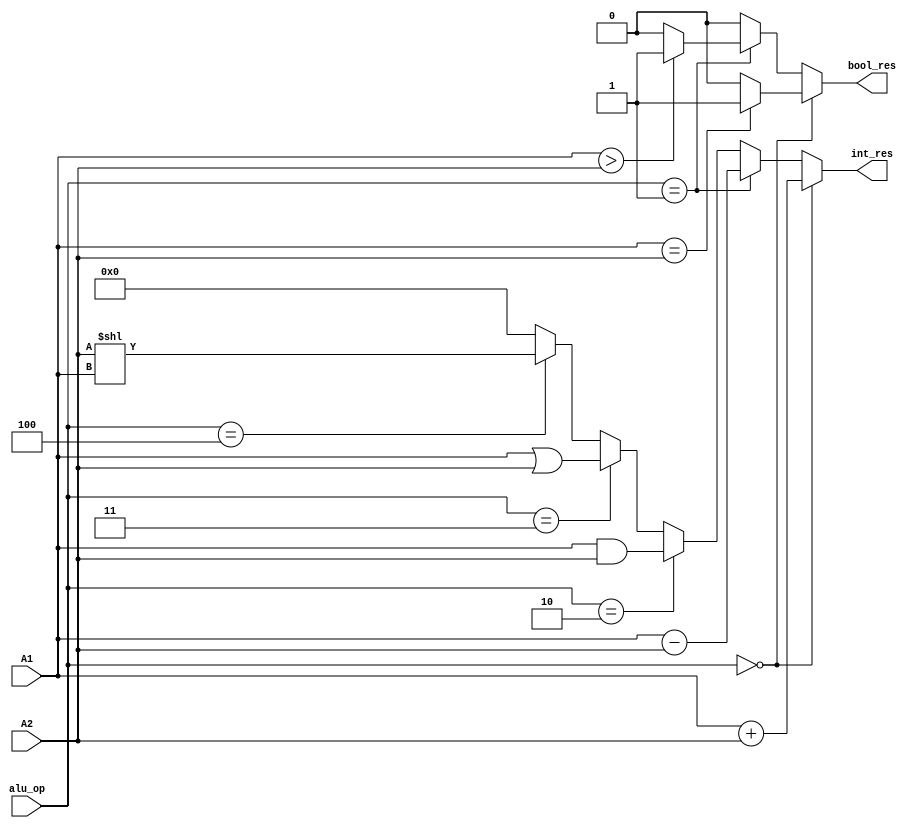
module ALU(
    input [31:0] A1, A2,
    input [3:0] alu_op,
    output [31:0] int_res,
    output bool_res
    );  

    assign int_res = (alu_op == 0) ? A1 + A2 :
                    (alu_op == 1) ? A1 - A2 :
                    (alu_op == 2) ? A1 & A2 :
                    (alu_op == 3) ? A1 | A2 :
                    (alu_op == 4) ? A2 << A1 : 0;
    
    assign bool_res = (alu_op == 0) ? (A1==A2 ? 1 : 0) :
                    (alu_op == 1) ? (A1>A2 ? 1 : 0) : 0;
    


endmodule